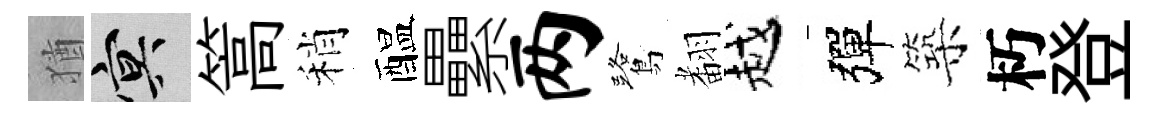
猶冥篙稍醖纍两鷺𮋒越彈築朽登